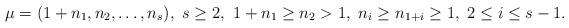
LaTeX: \begin{align*}\mu=(1+n_1, n_2, \dots , n_s),\ s\ge 2,\ 1+n_1\geq n_2>1,\ n_i\ge n_{1+i}\geq 1,\ 2\le i\le s-1.\end{align*}